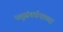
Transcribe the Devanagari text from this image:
पशुसंवर्धनाच्या